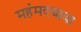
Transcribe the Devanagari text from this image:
महंमदबाबा